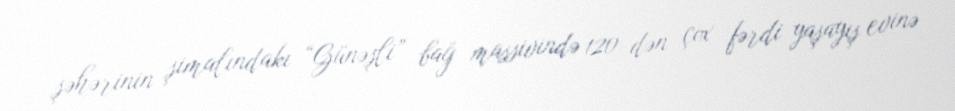
şəhərinin şimalındakı “Günəşli” bağ massivində 120-dən çox fərdi yaşayış evinə